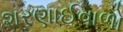
શરણાઈવાળો